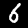
Label: 6